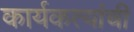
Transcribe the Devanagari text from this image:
कार्यकत्यांची